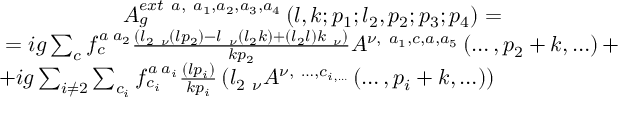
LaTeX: \begin{array} { c } { { A _ { g } ^ { e x t \ a , \ a _ { 1 } , a _ { 2 } , a _ { 3 } , a _ { 4 } } \left( l , k ; p _ { 1 } ; l _ { 2 } , p _ { 2 } ; p _ { 3 } ; p _ { 4 } \right) = } } \\ { { = i g \sum _ { c } f _ { c } ^ { a \; a _ { 2 } } \frac { \left( l _ { 2 \ \nu } \left( l p _ { 2 } \right) - l _ { \ \nu } \left( l _ { 2 } k \right) + \left( l _ { 2 } l \right) k _ { \ \nu } \right) } { k p _ { 2 } } A ^ { \nu , \ a _ { 1 } , c , a , a _ { 5 } } \left( \ldots , p _ { 2 } + k , \ldots \right) + } } \\ { { + i g \sum _ { i \neq 2 } \sum _ { c _ { i } } f _ { c _ { i } } ^ { a \; a _ { i } } \frac { \left( l p _ { i } \right) } { k p _ { i } } \left( l _ { 2 \ \nu } A ^ { \nu , \ \ldots , c _ { i , \ldots } } \left( \ldots , p _ { i } + k , \ldots \right) \right) \qquad \qquad \qquad } } \end{array}